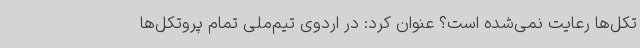
تکل‌ها رعایت نمی‌شده است؟ عنوان کرد: در اردوی تیم‌ملی تمام پروتکل‌ها